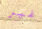
غير